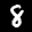
Label: 8